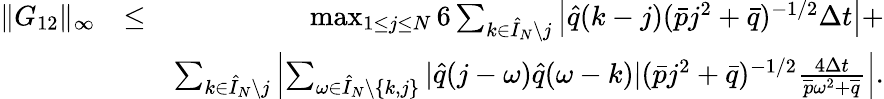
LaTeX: \begin{array}{rlr}{\| G_{12}\| _{\infty}}&{\leq}&{\operatorname*{max}_{1\leq j\leq N}6\sum_{k\in\hat{I}_{N}\setminus j}\left|\hat{q}(k-j)(\bar{p}j^{2}+\bar{q})^{-1/2}\Delta t\right|+}\\ &{}&{\sum_{k\in\hat{I}_{N}\setminus j}\left|\sum_{\omega\in\hat{I}_{N}\setminus\{ k,j\} }|\hat{q}(j-\omega)\hat{q}(\omega-k)|(\bar{p}j^{2}+\bar{q})^{-1/2}\frac{4\Delta t}{\overline{{p}}\omega^{2}+\overline{{q}}}\right|.}\end{array}